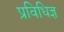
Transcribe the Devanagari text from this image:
प्रविधिज्ञ